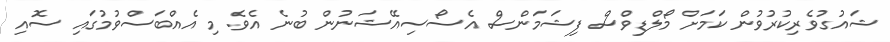
ޝައުގުވެރިކުރުވުން ކަމަށް މޯލްޑިވްސް ފިޝަމަންސް އެސޯސިއޭޝަނުން ބުނެ އެވެ. މި އެއްބަސްވުމުގައި ސޮއި